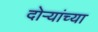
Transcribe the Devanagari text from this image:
दोऱ्यांच्या